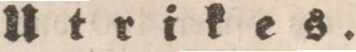
Utrikes.